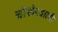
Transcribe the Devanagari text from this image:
चोखेरबाली